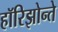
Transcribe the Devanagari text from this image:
हॉरिझोन्ते